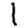
Digit: 1